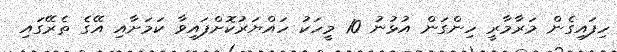
ހިފައިގެން މަރާމާރީ ހިންގަން އުޅުނު 10 މީހަކު ހައްޔަރުކޮށްފައިވާ ކަމަށާއި އޭގެ ތެރޭގައި